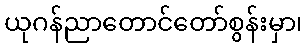
ယုဂန်ညာတောင်တော်စွန်းမှာ၊